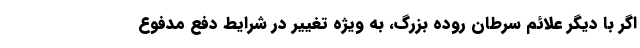
اگر با دیگر علائم سرطان روده بزرگ، به ویژه تغییر در شرایط دفع مدفوع